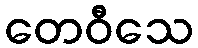
တေဝီသေ